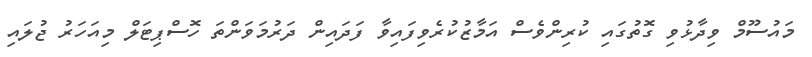
މައުސޫމް ވިދާޅުވި ގޮތުގައި ކުރިންވެސް އަމާޒުކުރެވިފައިވާ ފަދައިން ދަރުމަވަންތަ ހޮސްޕިޓަލް މިއަހަރު ޖުލައި